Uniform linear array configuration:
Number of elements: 64
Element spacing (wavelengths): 0.25
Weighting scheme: exponential
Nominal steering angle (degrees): -60
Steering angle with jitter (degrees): -60.613
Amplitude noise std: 0.05
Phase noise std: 0.05

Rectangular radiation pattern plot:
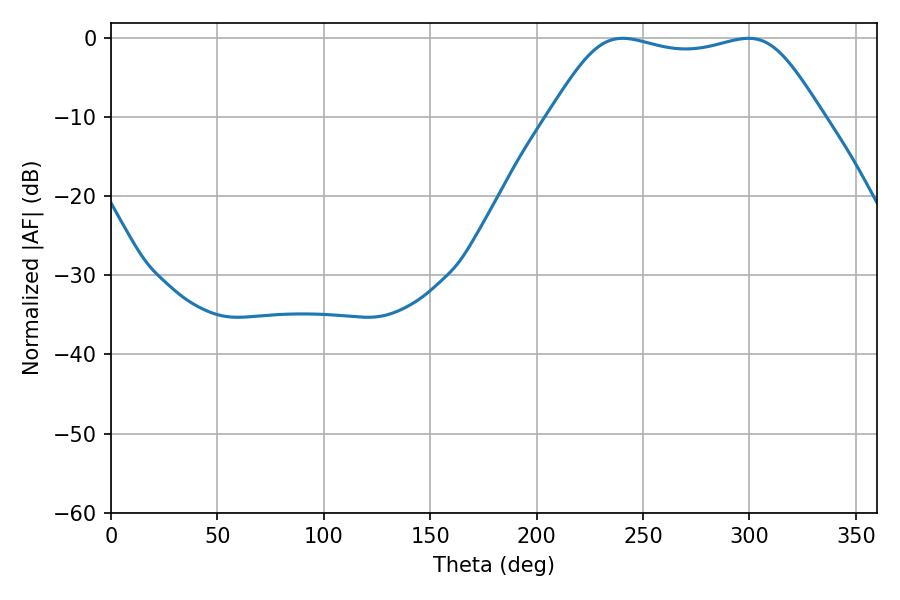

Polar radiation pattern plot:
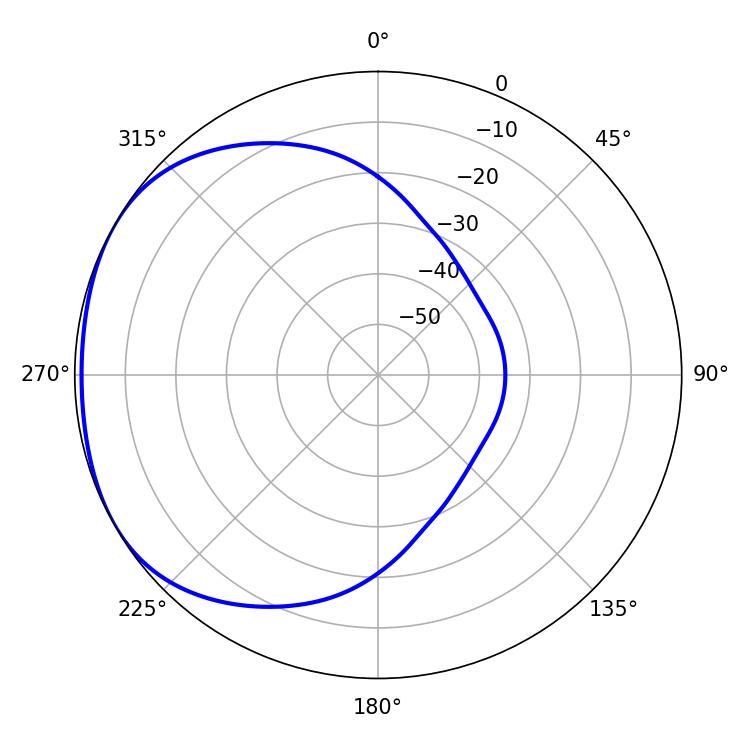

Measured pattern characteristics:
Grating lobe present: FALSE
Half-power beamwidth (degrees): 96.48
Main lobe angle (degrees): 240.48